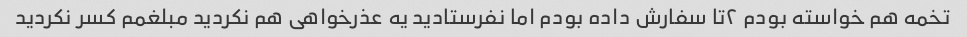
تخمه هم خواسته بودم ۲تا سفارش داده بودم اما نفرستادید یه عذرخواهی هم نکردید مبلغمم کسر نکردید